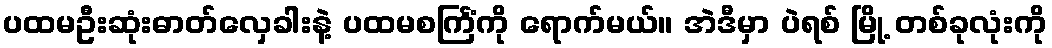
ပထမဦးဆုံးဓာတ်လှေခါးနဲ့ ပထမစင်္ကြံကို ရောက်မယ်။ အဲဒီမှာ ပဲရစ် မြို့ တစ်ခုလုံးကို